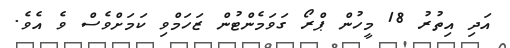
އަދި އިތުރު 18 މީހުން ޕްރޯ ގަވަމެންޓުން ޒަހަމްވި ކަމަށްވެސް ވެ އެވެ.